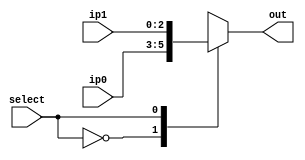
module mux_3_bit_2_input(ip0, ip1, select, out);

	output reg [2:0] out;
	
	input  [2:0] ip0, ip1;
	input  select;
	
	always@(*) begin
		case(select)
			0: out = ip0;
			1: out = ip1;
			default: out = ip0;
		endcase
	end
	
endmodule